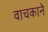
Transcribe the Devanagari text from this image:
वाचकाने